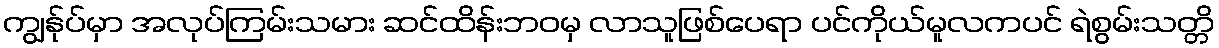
ကျွန်ုပ်မှာ အလုပ်ကြမ်းသမား ဆင်ထိန်းဘဝမှ လာသူဖြစ်ပေရာ ပင်ကိုယ်မူလကပင် ရဲစွမ်းသတ္တိ